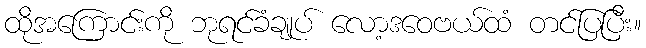
ထိုအကြောင်းကို ဘုရင်ခံချုပ် လော့ဒဝေဗယ်ထံ တင်ပြပြီး။